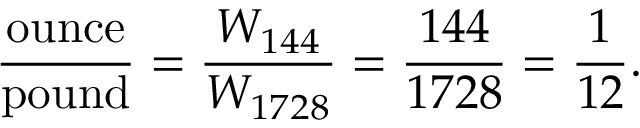
{ \frac { \mathrm { o u n c e } } { \mathrm { p o u n d } } } = { \frac { W _ { 1 4 4 } } { W _ { 1 7 2 8 } } } = { \frac { 1 4 4 } { 1 7 2 8 } } = { \frac { 1 } { 1 2 } } .